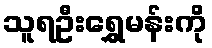
သူရဦးရွှေမန်းကို